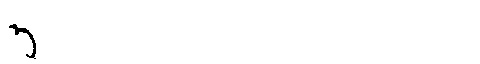
Manchu: ᡝ
Romanization: E